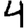
Digit: 4